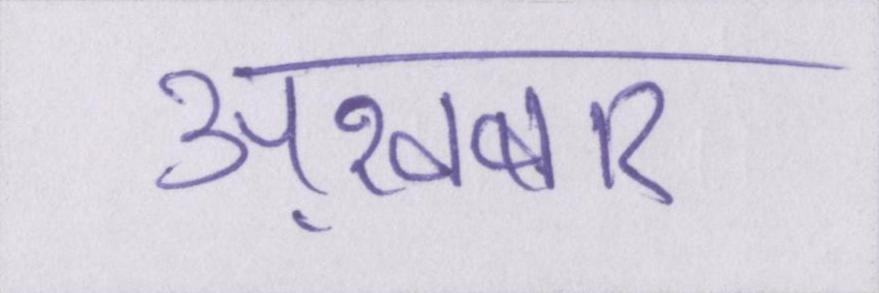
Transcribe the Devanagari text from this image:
अख़बार